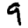
Digit: 9